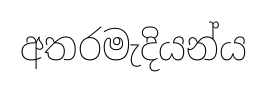
අතරමැදියන්ය